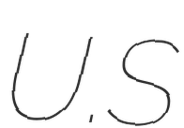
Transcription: U.S